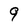
Character: 9